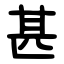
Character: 甚